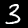
Label: 3